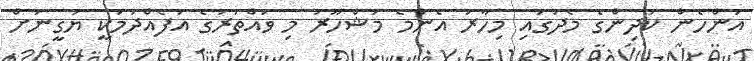
އަންހެން ކުދިންގެ މެދުގައި މިހާރު އެންމެ މަޝްހޫރު މި ވައްތަރުގެ އުފެއްދުމަކީ ޔަގީނަށް